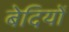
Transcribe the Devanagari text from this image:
बेदियों